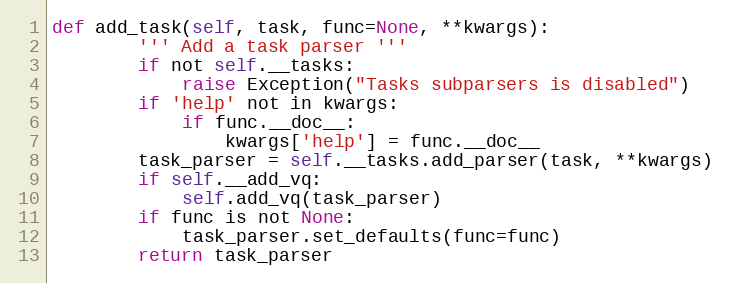
Language: Python
def add_task(self, task, func=None, **kwargs):
        ''' Add a task parser '''
        if not self.__tasks:
            raise Exception("Tasks subparsers is disabled")
        if 'help' not in kwargs:
            if func.__doc__:
                kwargs['help'] = func.__doc__
        task_parser = self.__tasks.add_parser(task, **kwargs)
        if self.__add_vq:
            self.add_vq(task_parser)
        if func is not None:
            task_parser.set_defaults(func=func)
        return task_parser